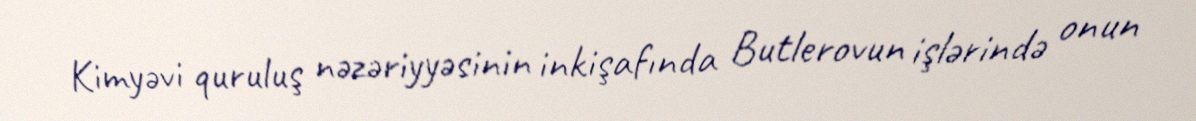
Kimyəvi quruluş nəzəriyyəsinin inkişafında Butlerovun işlərində onun